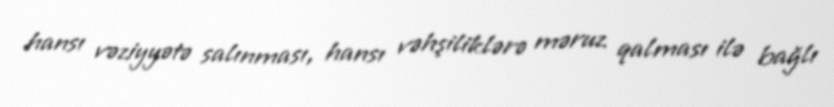
hansı vəziyyətə salınması, hansı vəhşiliklərə məruz qalması ilə bağlı